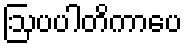
ဩပပါတိကာပေ